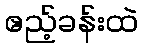
ဧည့်ခန်းထဲ